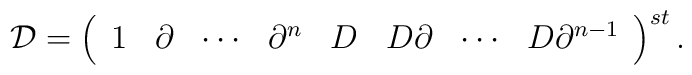
{\cal D} =  \left(			  \begin{array}{cccccccc} 1 & \partial & \cdots	 & \partial^{n}  & D   &  D\partial   &  \cdots   &			     D\partial^{n-1}			  \end{array}		  \right)^{st}.